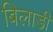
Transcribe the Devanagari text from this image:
बिलाडी